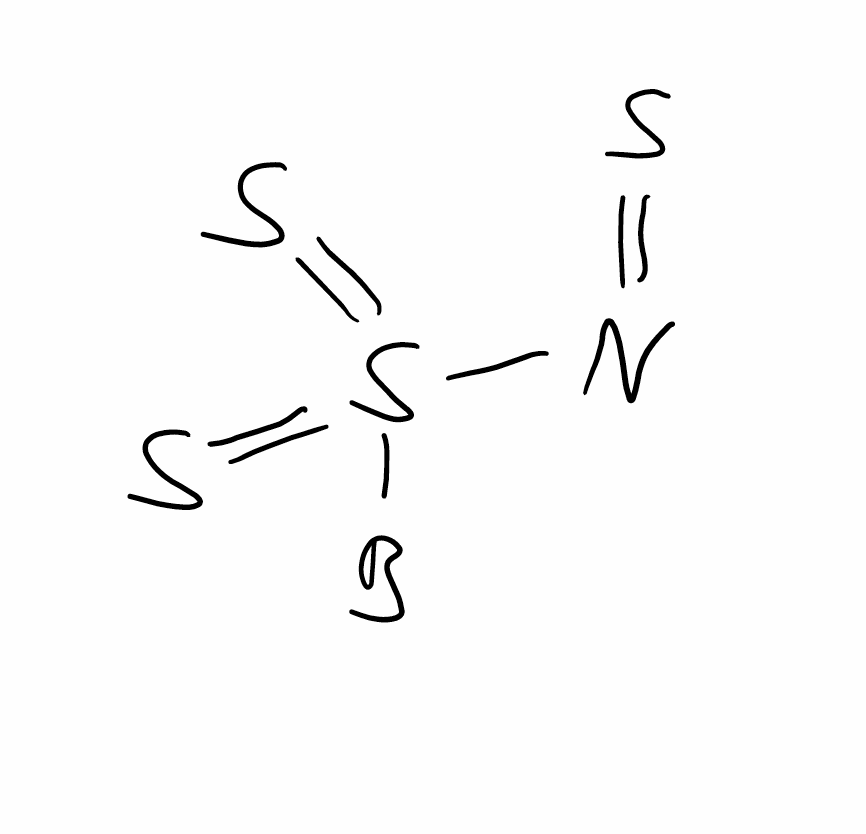
Simplified molecular-input line-entry system (SMILES) notation of the given molecule:
[B]S(=S)(=S)N=S